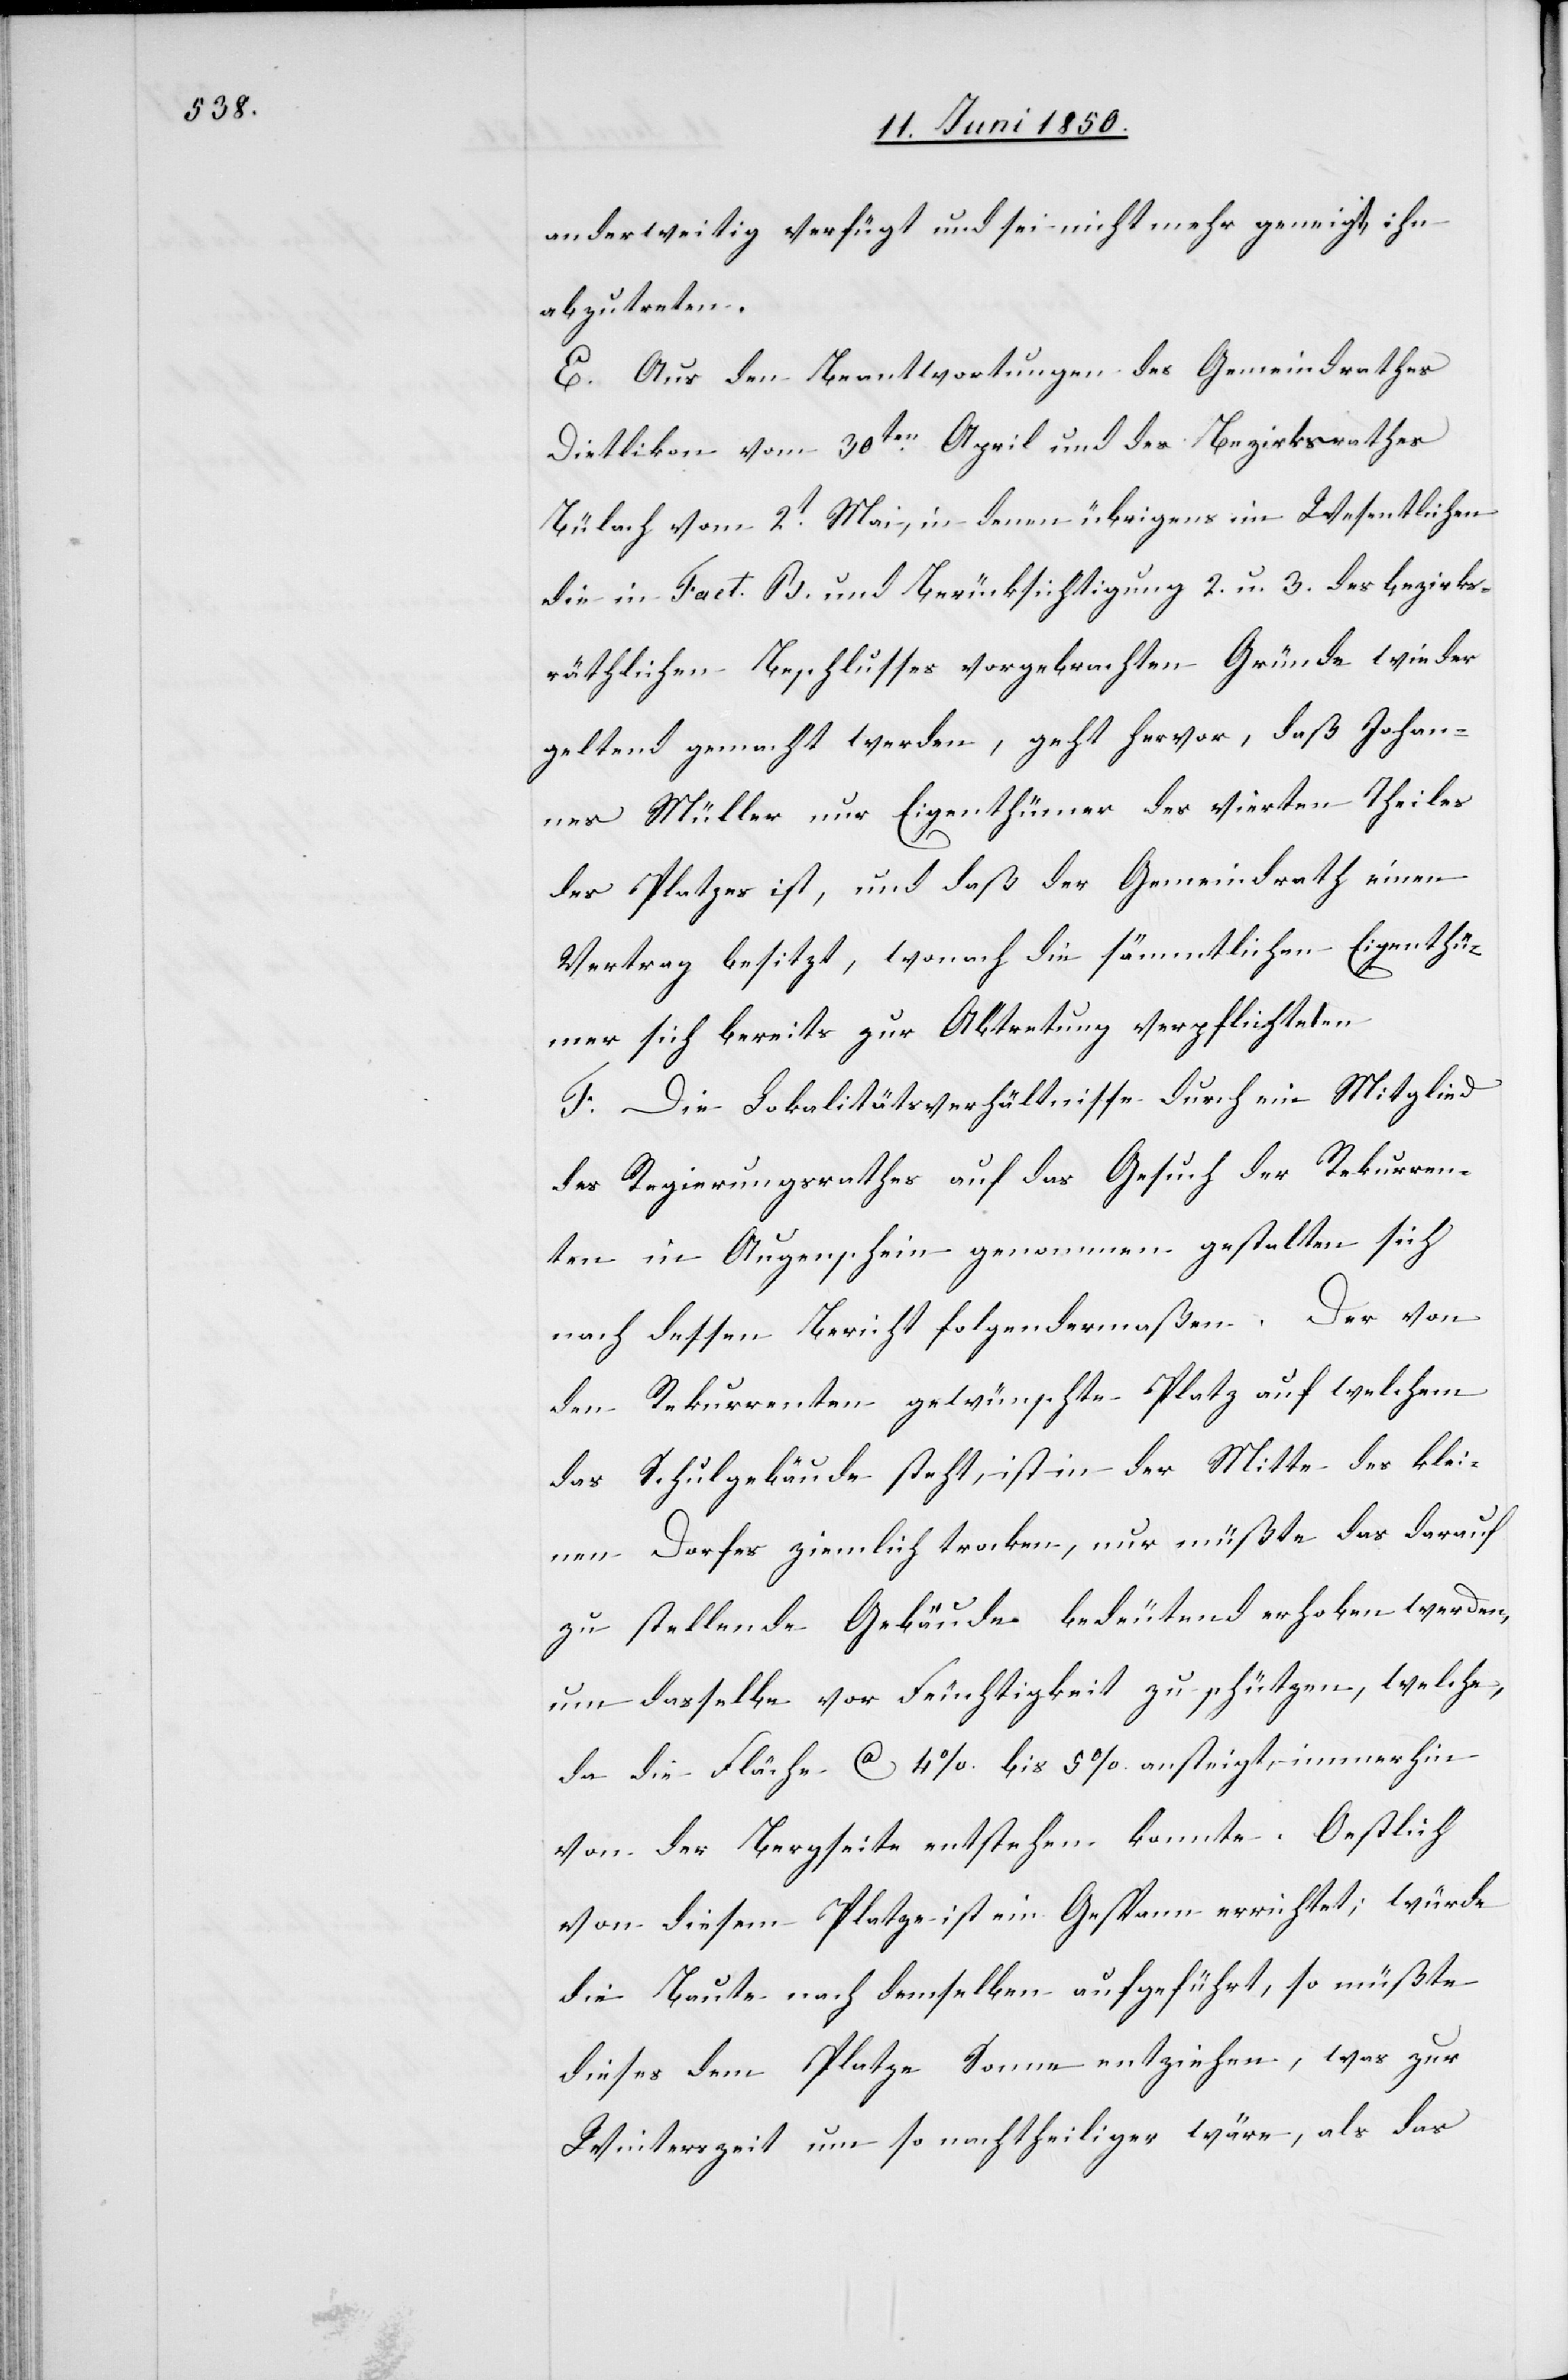
anderweitig verfügt und sei nicht mehr geneigt, ihn
abzutreten.
E. Aus den Beantwortungen des Gemeindrathes
Dietlikon vom 30ten April und des Bezirksrathes
Bülach vom 2t Mai, in denen übrigens im Wesentlichen
die in Fact. B. und Berücksichtigung 2. u. 3. des bezirks¬
räthlichen Beschlusses vorgebrachten Gründe wieder
geltend gemacht werden, geht hervor, daß Johan¬
nes Müller nur Eigenthümer des vierten Theiles
des Platzes ist, und daß der Gemeindrath einen
Vertrag besitzt, wonach die sämmtlichen Eigenthü¬
mer sich bereits zur Abtretung verpflichteten.
F. Die Lokalitätsverhältnisse durch ein Mitglied
des Regierungsrathes auf das Gesuch der Rekurren¬
ten in Augenschein genommen gestalten sich
nach dessen Bericht folgendermaßen. Der von
den Rekurrenten gewünschte Platz auf welchem
das Schulgebäude steht, ist in der Mitte des klei¬
nen Dorfes ziemlich trocken, nur müßte das darauf
zu stellende Gebäude bedeutend erhoben werden,
um dasselbe vor Feuchtigkeit zu schützen, welche,
da die Fläche Ca 4 % bis 5 % ansteigt, immerhin
von der Bergseite entstehen konnte. Oestlich
von diesem Platze ist ein Gespann errichtet; würde
die Baute nach demselben aufgeführt, so müßte
dieses dem Platze Sonne entziehen, was zur
Winterszeit um so nachtheiliger wäre, als das